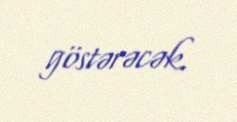
göstərəcək.